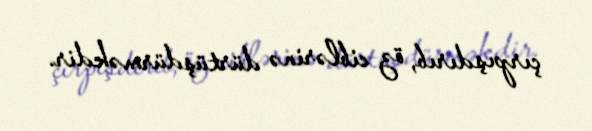
çırpışdırıb, öz ciblərinə dürtüşdürməkdir.